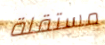
مستقلة